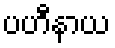
ပဟီနာယ